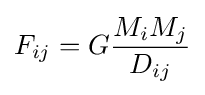
F_{ij}=G{\frac {M_{i}M_{j}}{D_{ij}}}